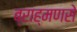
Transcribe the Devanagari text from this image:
ब्राह्मणसे